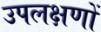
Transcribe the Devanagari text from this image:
उपलक्षणों